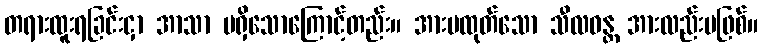
တရားထူးရခြင်းငှာ အာသာ မရှိသောကြောင့်တည်း။ အားမထုတ်သော သီလဝန္တ အားလည်းမဖြစ်။